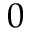
0